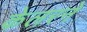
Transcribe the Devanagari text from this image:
केलरने